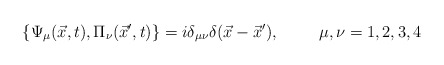
\begin{align*}\{\Psi_{\mu}(\vec x,t),\Pi_{\nu}(\vec x^{\prime},t)\} = i\delta_{\mu\nu}\delta(\vec x-\vec x^{\prime}),\hspace{1cm} \mu,\nu=1,2,3,4 \end{align*}